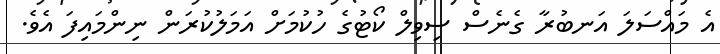
އެ މައްސަލަ އަނބުރާ ގެނެސް ސިވިލް ކޯޓުގެ ހުކުމަށް އަމަލުކުރަން ނިންމައިފަ އެވެ.